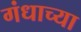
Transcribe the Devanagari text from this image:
गंधाच्या